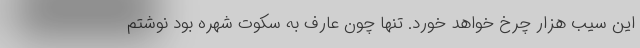
این سیب هزار چرخ خواهد خورد. تنها چون عارف به سکوت شهره بود نوشتم